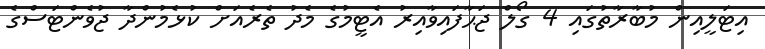
އިޓަލީއިން މުބާރާތުގައި 4 ގޯލް ޖަޙާފައިވާއިރު އެޓީމުގެ މެދު ތެރެއަށް ކުޅެމުންދާ ޖުވެންޓަސްގެ